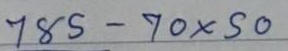
785 - 70x50